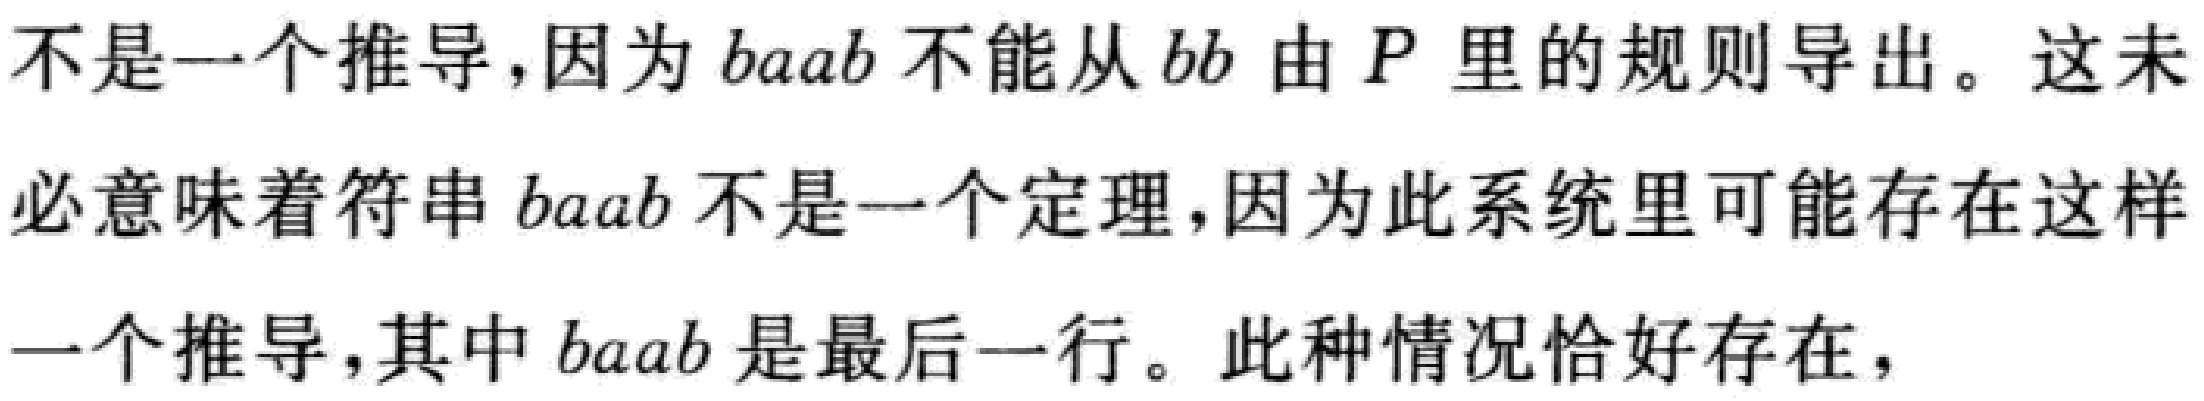
不是一个推导，因为 \(baab\) 不能从 \(bb\) 由 \(P\) 里的规则导出。这未必意味着符串 \(baab\) 不是一个定理，因为此系统里可能存在这样一个推导，其中 \(baab\) 是最后一行。此种情况恰好存在，